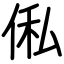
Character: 俬